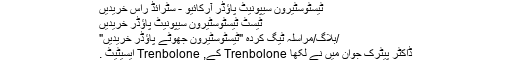
ٹیسٹوسٹیرون سیپونیٹ پاؤڈر آرکائیو - سٹرائڈ راس خریدیں
ٹیسٹ ٹیسٹوسٹیرون سیپونیٹ پاؤڈر خریدیں
/بلاگ/مراسلہ ٹیگ کردہ "ٹیسٹوسٹیرون جھوٹے پاؤڈر خریدیں"
ڈاکٹر پیٹرک جوان میں نے لکھا Trenbolone کے, Trenbolone ایسیٹیٹ .